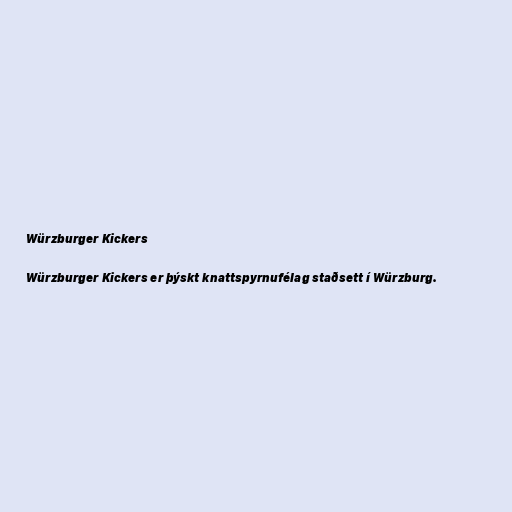
Würzburger Kickers

Würzburger Kickers er þýskt knattspyrnufélag staðsett í Würzburg.